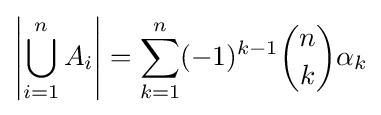
\left|\bigcup _{i=1}^{n}A_{i}\right|=\sum _{k=1}^{n}(-1)^{k-1}{\binom {n}{k}}\alpha _{k}